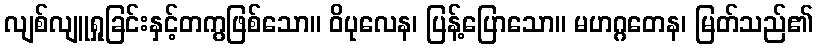
လျစ်လျူရှုခြင်းနှင့်တကွဖြစ်သော။ ဝိပုလေန၊ ပြန့်ပြောသော။ မဟဂ္ဂတေန၊ မြတ်သည်၏